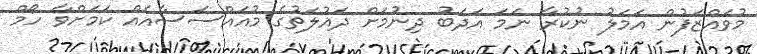
މުވައްޒަފުން އަމަލު ނުކުރާ ނަމަ އަދަބު ދިނުމަށް ދައުލަތުގެ މުއައްސަސާއެއް ކަމަށްވާ ހޯމް